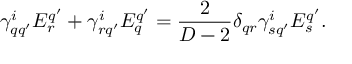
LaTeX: \gamma _ { q q ^ { \prime } } ^ { i } { \cal E } _ { r } ^ { q ^ { \prime } } + \gamma _ { r q ^ { \prime } } ^ { i } { \cal E } _ { q } ^ { q ^ { \prime } } = { \frac { 2 } { D - 2 } } \delta _ { q r } \gamma _ { s q ^ { \prime } } ^ { i } { \cal E } _ { s } ^ { q ^ { \prime } } .